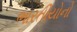
ભારતીયોનો